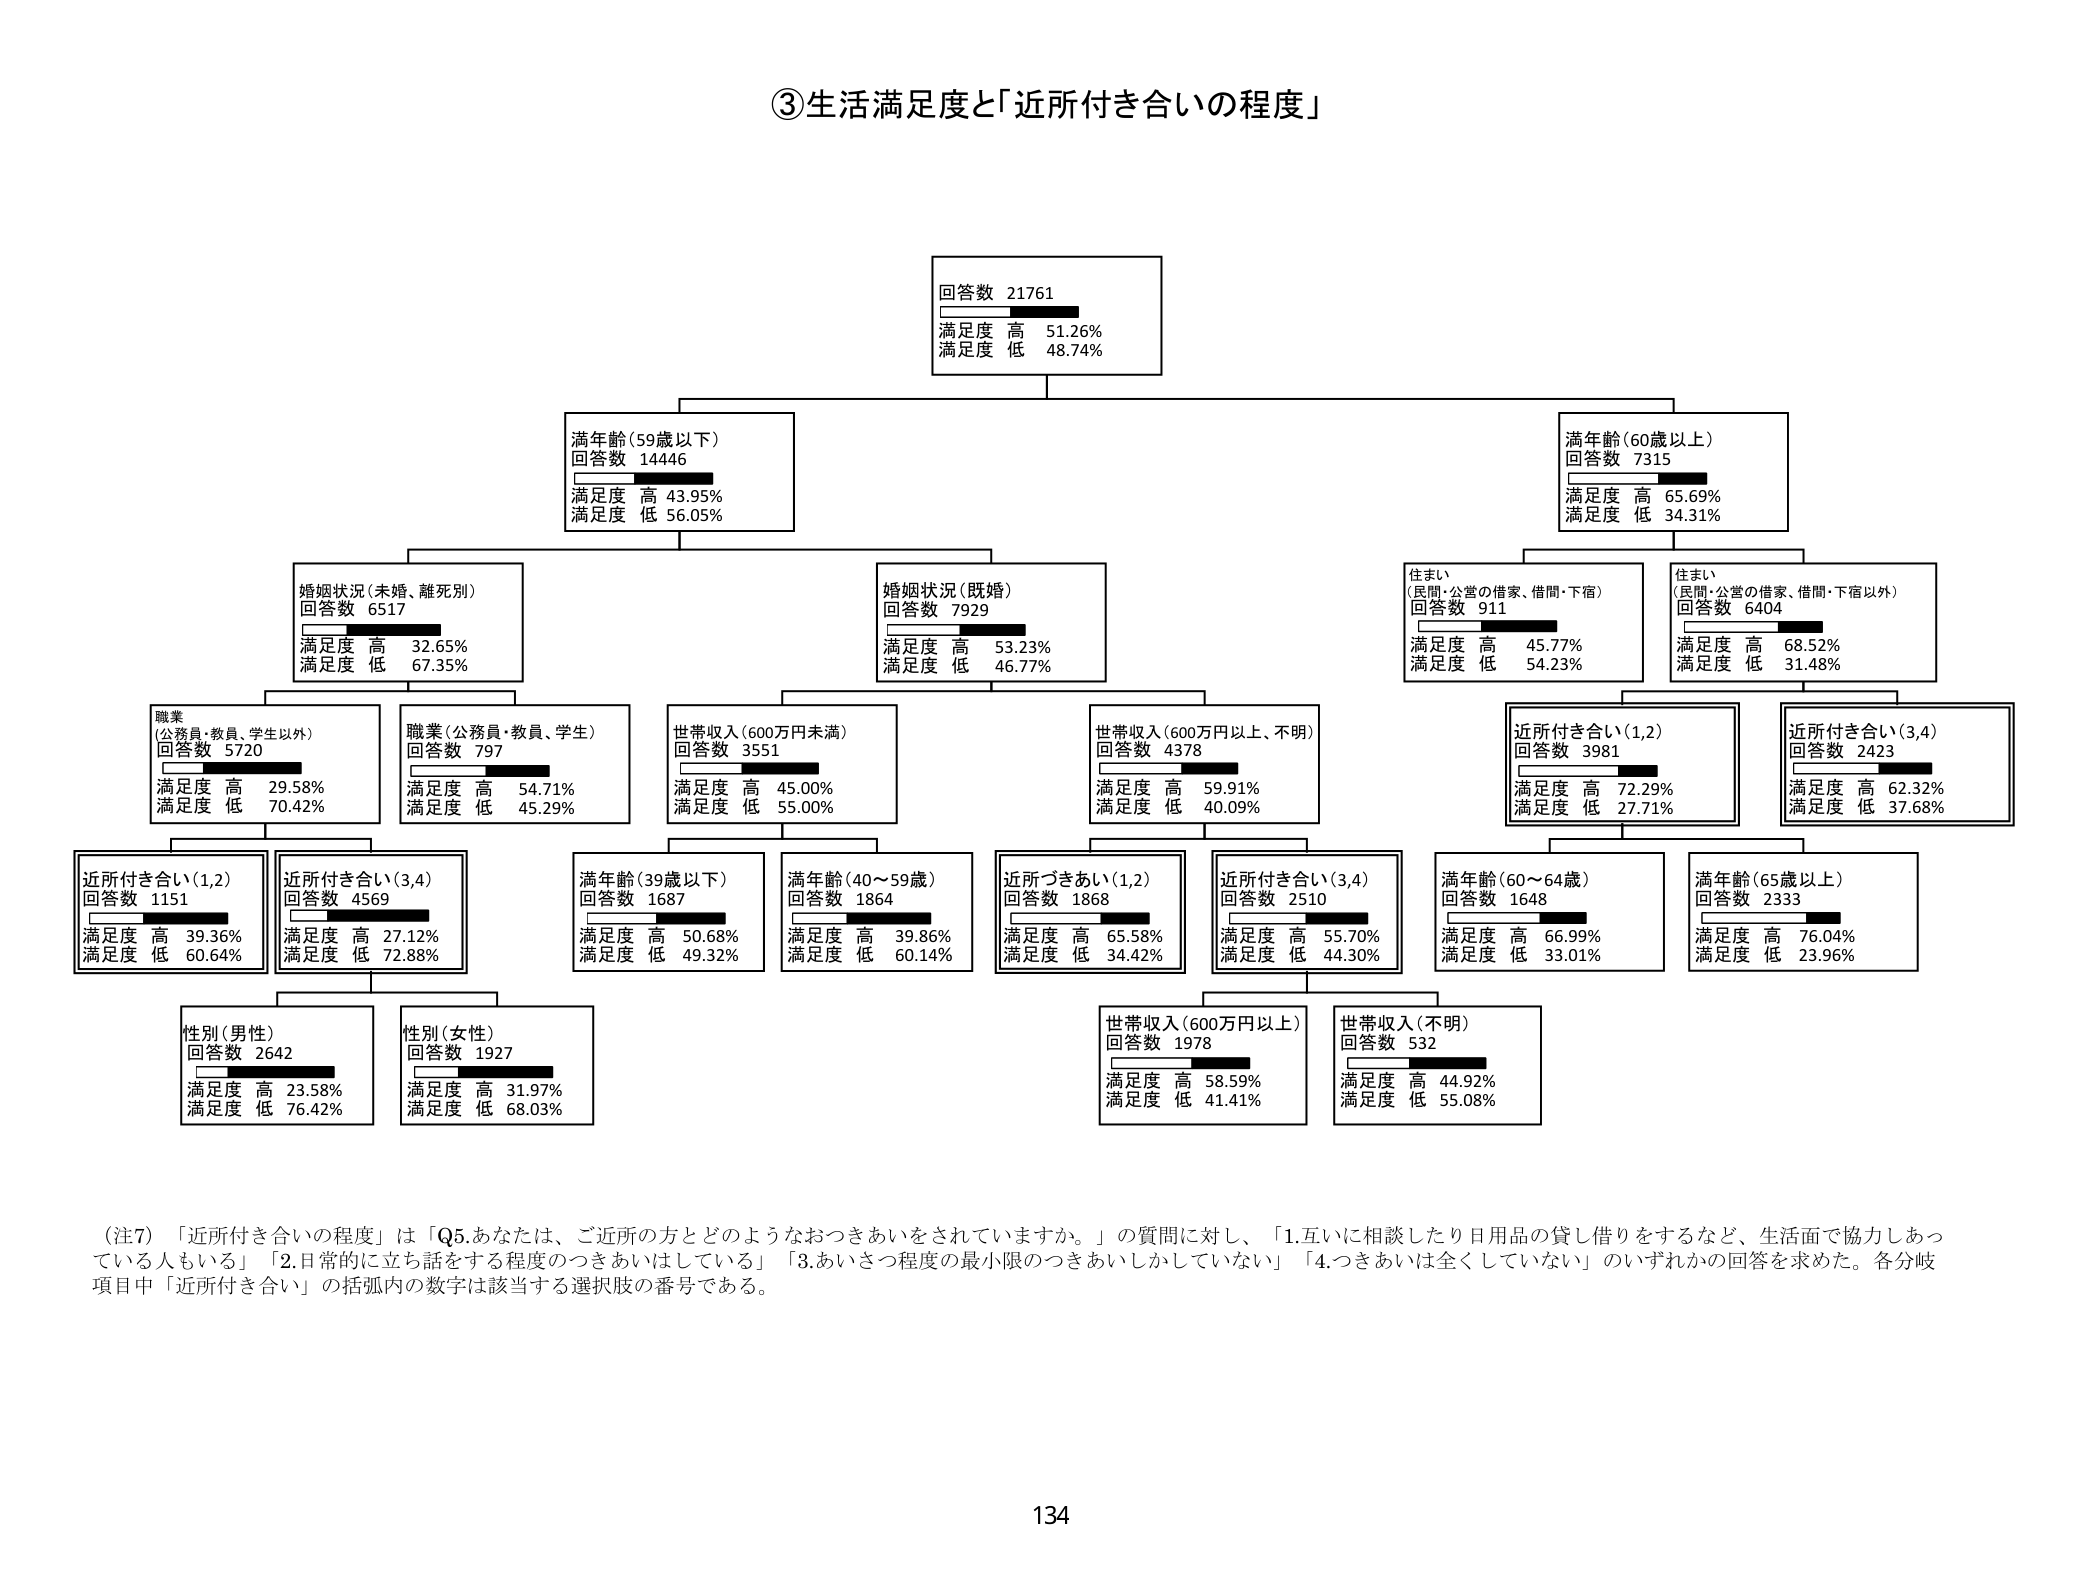
③生活満足度と「近所付き合いの程度」

回答数 21761
満足度 高 51.26%
満足度 低 48.74%

満年齢（59歳以下）
回答数 14446
満足度 高 43.95%
満足度 低 56.05%

満年齢（60歳以上）
回答数 7315
満足度 高 65.69%
満足度 低 34.31%

婚姻状況（未婚、離死別）
回答数 6517
満足度 高 32.65%
満足度 低 67.35%

婚姻状況（既婚）
回答数 7929
満足度 高 53.23%
満足度 低 46.77%

住まい
（民間・公営の借家、借間・下宿）
回答数 911
満足度 高 45.77%
満足度 低 54.23%

住まい
（民間・公営の借家、借間・下宿以外）
回答数 6404
満足度 高 68.52%
満足度 低 31.48%

職業
（公務員・教員、学生以外）
回答数 5720
満足度 高 29.58%
満足度 低 70.42%

職業（公務員・教員、学生）
回答数 797
満足度 高 54.71%
満足度 低 45.29%

世帯収入（600万円未満）
回答数 3551
満足度 高 45.00%
満足度 低 55.00%

世帯収入（600万円以上、不明）
回答数 4378
満足度 高 59.91%
満足度 低 40.09%

近所付き合い（1,2）
回答数 3981
満足度 高 72.29%
満足度 低 27.71%

近所付き合い（3,4）
回答数 2423
満足度 高 62.32%
満足度 低 37.68%

近所付き合い（1,2）
回答数 1151
満足度 高 39.36%
満足度 低 60.64%

近所付き合い（3,4）
回答数 4569
満足度 高 27.12%
満足度 低 72.88%

満年齢（39歳以下）
回答数 1687
満足度 高 50.68%
満足度 低 49.32%

満年齢（40～59歳）
回答数 1864
満足度 高 39.86%
満足度 低 60.14%

近所づきあい（1,2）
回答数 1868
満足度 高 65.58%
満足度 低 34.42%

近所付き合い（3,4）
回答数 2510
満足度 高 55.70%
満足度 低 44.30%

満年齢（60～64歳）
回答数 1648
満足度 高 66.99%
満足度 低 33.01%

満年齢（65歳以上）
回答数 2333
満足度 高 76.04%
満足度 低 23.96%

性別（男性）
回答数 2642
満足度 高 23.58%
満足度 低 76.42%

性別（女性）
回答数 1927
満足度 高 31.97%
満足度 低 68.03%

世帯収入（600万円以上）
回答数 1978
満足度 高 58.59%
満足度 低 41.41%

世帯収入（不明）
回答数 532
満足度 高 44.92%
満足度 低 55.08%

（注7）「近所付き合いの程度」は「Q5.あなたは、ご近所の方とどのようなおつきあいをされていますか。」の質問に対し、「1.互いに相談したり日用品の貸し借りをするなど、生活面で協力しあっている人もいる」「2.日常的に立ち話をする程度のつきあいはしている」「3.あいさつ程度の最小限のつきあいしかしていない」「4.つきあいは全くしていない」のいずれかの回答を求めた。各分岐項目中「近所付き合い」の括弧内の数字は該当する選択肢の番号である。

134